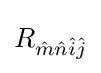
R_{{\hat {m}}{\hat {n}}{\hat {i}}{\hat {j}}}